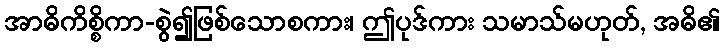
အာဓိကိစ္စိကာ-စွဲ၍ဖြစ်သောစကား၊ ဤပုဒ်ကား သမာသ်မဟုတ်, အဓိ၏